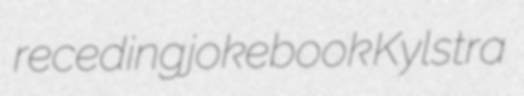
receding jokebook Kylstra